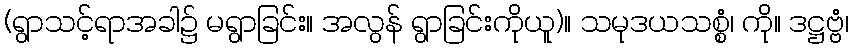
(ရွာသင့်ရာအခါ၌ မရွာခြင်း။ အလွန် ရွာခြင်းကိုယူ)။ သမုဒယသစ္စံ၊ ကို။ ဒဋ္ဌဗ္ဗံ၊